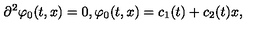
{ \partial } ^ { 2 } { \varphi } _ { 0 } ( t , x ) = 0 , \varphi _ { 0 } ( t , x ) = c _ { 1 } ( t ) + c _ { 2 } ( t ) x ,